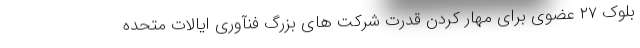
بلوک ۲۷ عضوی برای مهار کردن قدرت شرکت های بزرگ فنآوری ایالات متحده